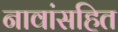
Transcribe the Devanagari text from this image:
नावांसहित